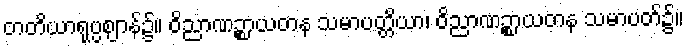
တတိယာရုပ္ပဈာန်၌။ ဝိညာဏဉ္စာယတန သမာပတ္တိယာ၊ ဝိညာဏဉ္စာယတန သမာပတ်၌။